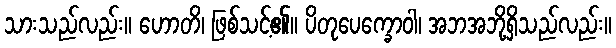
သားသည်လည်း။ ဟောတိ၊ ဖြစ်သင့်၏။ ပိတုပေက္ခောဝါ၊ အဘအဘို့ရှိသည်လည်း။